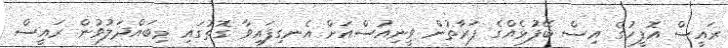
ރައީސް އޮފީހުގެ އިސް ބޭފުޅެއްގެ ފަރާތުން ވީނިއުސްއަށް އެނގިފައިވާ ގޮތުގައި މިބައްދަލުވުން ރައީސް